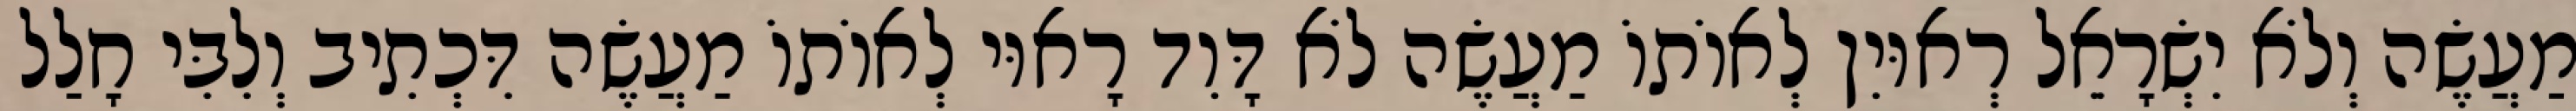
מַעֲשֶׂה וְלֹא יִשְׂרָאֵל רְאוּיִן לְאוֹתוֹ מַעֲשֶׂה לֹא דָּוִד רָאוּי לְאוֹתוֹ מַעֲשֶׂה דִּכְתִיב וְלִבִּי חָלַל